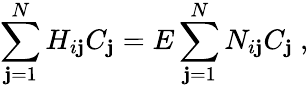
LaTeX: \sum_{\mathbf{j}=1}^{N}H_{i\mathbf{j}}C_{\mathbf{j}}=E\sum_{\mathbf{j}=1}^{N}N_{i\mathbf{j}}C_{\mathbf{j}}\ ,